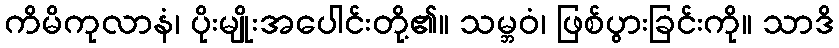
ကိမိကုလာနံ၊ ပိုးမျိုးအပေါင်းတို့၏။ သမ္ဘဝံ၊ ဖြစ်ပွားခြင်းကို။ သာဒိ